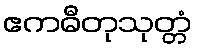
ဧကဓီတုသုတ္တံ